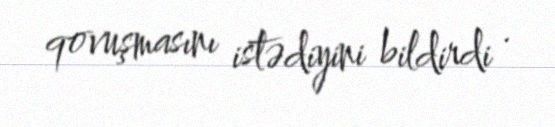
qovuşmasını istədiyini bildirdi .